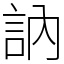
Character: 訥